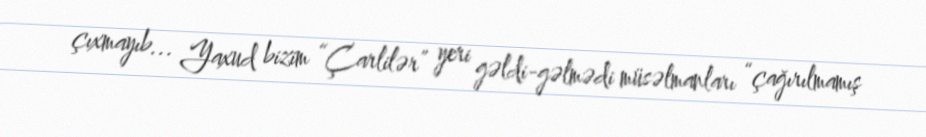
çıxmayıb... Yaxud bizim “Çarlilər” yeri gəldi-gəlmədi müsəlmanları “çağırılmamış